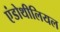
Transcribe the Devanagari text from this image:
एंडोथीलियल